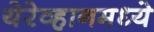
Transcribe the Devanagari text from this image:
येरेव्हानमध्ये